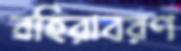
বহিরাবরণ